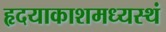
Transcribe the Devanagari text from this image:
हृदयाकाशमध्यस्थं